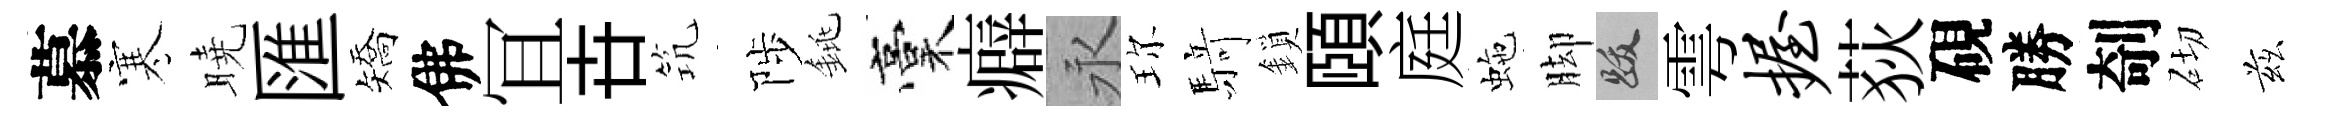
慕寒曉匯矯佛冝卋𥬑陟銚稾癖永珎𮪍鎖頤庭虵脚跋雩握荻硯勝剞砌兹